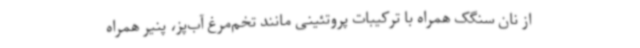
از نان سنگک همراه با ترکیبات پروتئینی مانند تخم‌مرغ آب‌پز، پنیر همراه